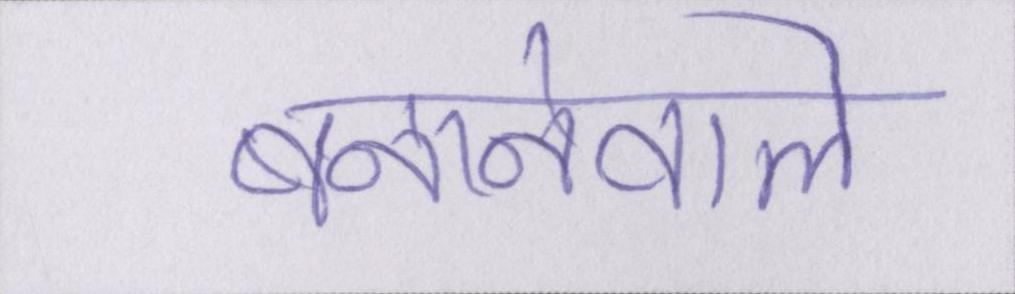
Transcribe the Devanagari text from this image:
बनानेवाले